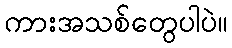
ကားအသစ်တွေပါပဲ။